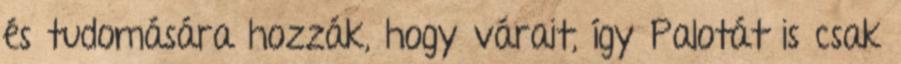
és tudomására hozzák, hogy várait, így Palotát is csak